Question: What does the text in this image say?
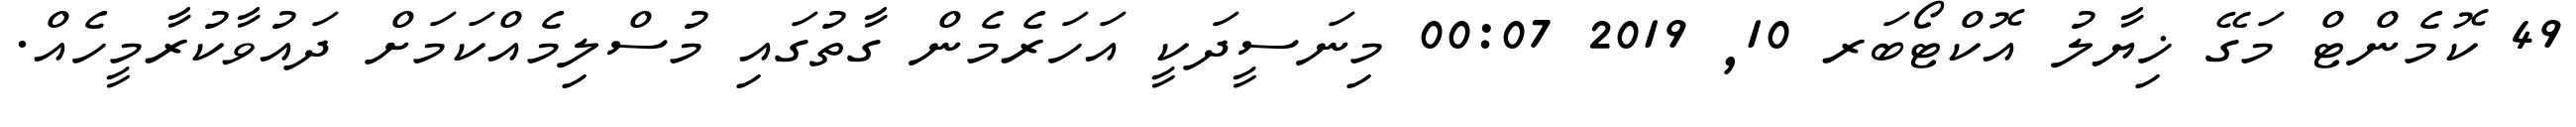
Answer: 49 ކޮމެންޓް މަގޭ ޚިޔާލު އޮކްޓޯބަރ 10, 2019 00:07 މިނަސީދަކީ އަހަރެމެން ގާތުގައި މުސްލިމެއްކަމަށް ދައުވާކުރާމީހެއް.